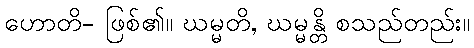
ဟောတိ- ဖြစ်၏။ ဃမ္မတိ, ဃမ္မန္တိ စသည်တည်း။